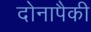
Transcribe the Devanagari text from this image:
दोनापैकी